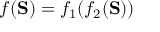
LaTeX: f ( \mathbf { S } ) = f _ { 1 } ( f _ { 2 } ( \mathbf { S } ) )